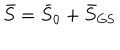
\bar { S } = \bar { S } _ { 0 } + \bar { S } _ { \mathrm { G S } }